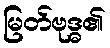
မြတ်ဗုဒ္ဓ၏